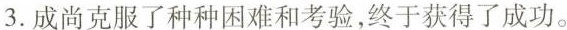
3.成尚克服了种种困难和考验，终于获得了成功。